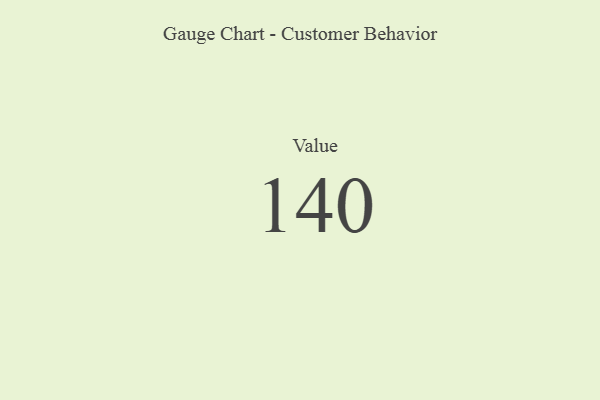
{"axis": {"x": "Metric", "y": "Value"}, "legend": [""], "data": [{"x": "Value", "y": 140, "type": ""}]}